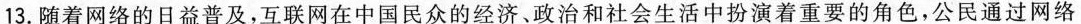
13.随着网络的日益普及，互联网在中国民众的经济、政治和社会生活中扮演着重要的角色，公民通过网络